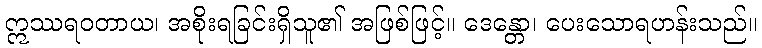
ဣဿရဝတာယ၊ အစိုးရခြင်းရှိသူ၏ အဖြစ်ဖြင့်။ ဒေန္တော၊ ပေးသောရဟန်းသည်။